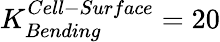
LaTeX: K_{Bending}^{Cell-Surface}=20